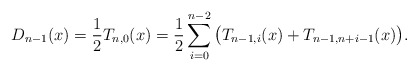
\begin{align*}D_{n-1}(x) = \frac{1}{2}T_{n,0}(x)= \frac{1}{2}\sum_{i=0}^{n-2}\big(T_{n-1,i}(x)+T_{n-1,n+i-1}(x)\big).\end{align*}